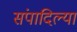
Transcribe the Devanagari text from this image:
संपादिल्या